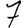
Digit: 7